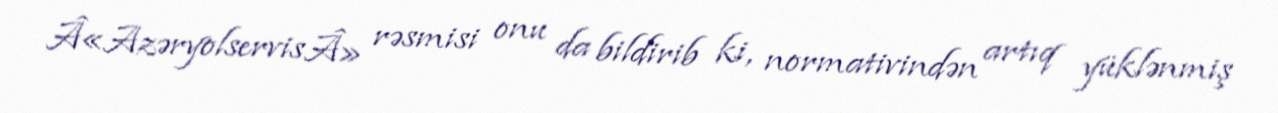
Â«AzəryolservisÂ» rəsmisi onu da bildirib ki, normativindən artıq yüklənmiş